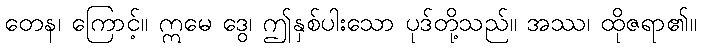
တေန၊ ကြောင့်။ ဣမေ ဒွေ၊ ဤနှစ်ပါးသော ပုဒ်တို့သည်။ အဿ၊ ထိုဇရာ၏။